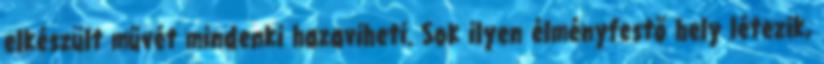
elkészült művét mindenki hazaviheti. Sok ilyen élményfestő hely létezik,